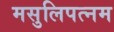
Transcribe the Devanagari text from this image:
मसुलिपत्नम